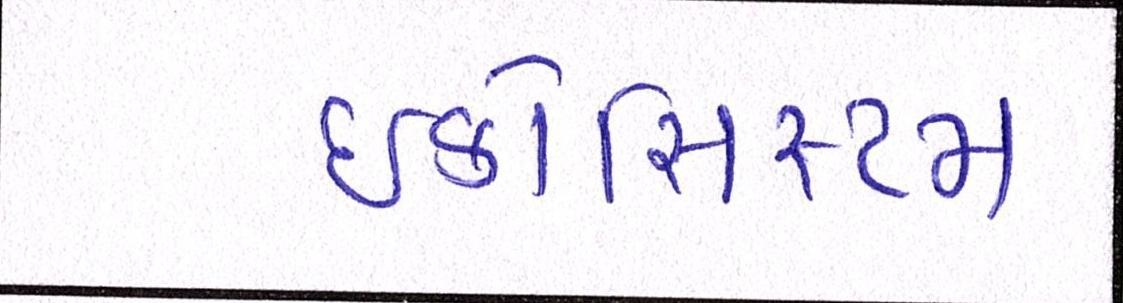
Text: ઇકોસિસ્ટમ